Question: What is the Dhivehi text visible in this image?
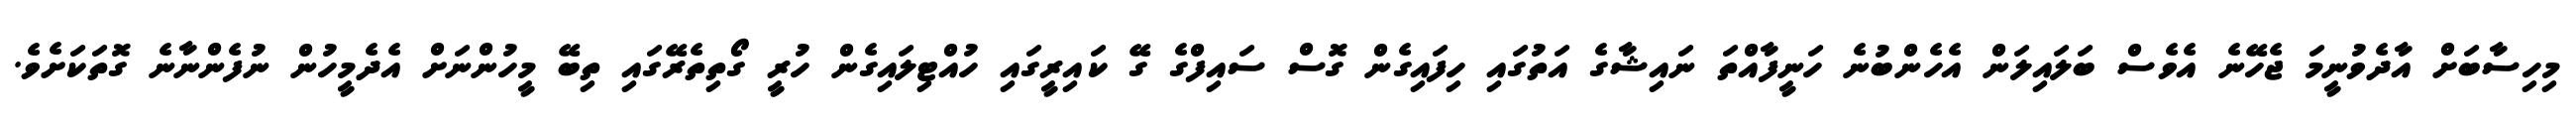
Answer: މިހިސާބަށް އާދެވުނީމަ ޖެހޭނެ އެވެސް ބަލައިލަން އެހެންބުނެ ހަނީފާއްތަ ނައިޝާގެ އަތުގައި ހިފައިގެން ގޮސް ސައިފްގެ ގޭ ކައިރީގައި ހުއްޓިލައިގެން ހުރީ ގޯތިތެރޭގައި ތިބޭ މީހުންނަށް އެދެމީހުން ނުފެންނާނެ ގޮތަކަށެވެ.